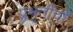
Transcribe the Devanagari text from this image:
प्रभृतींची